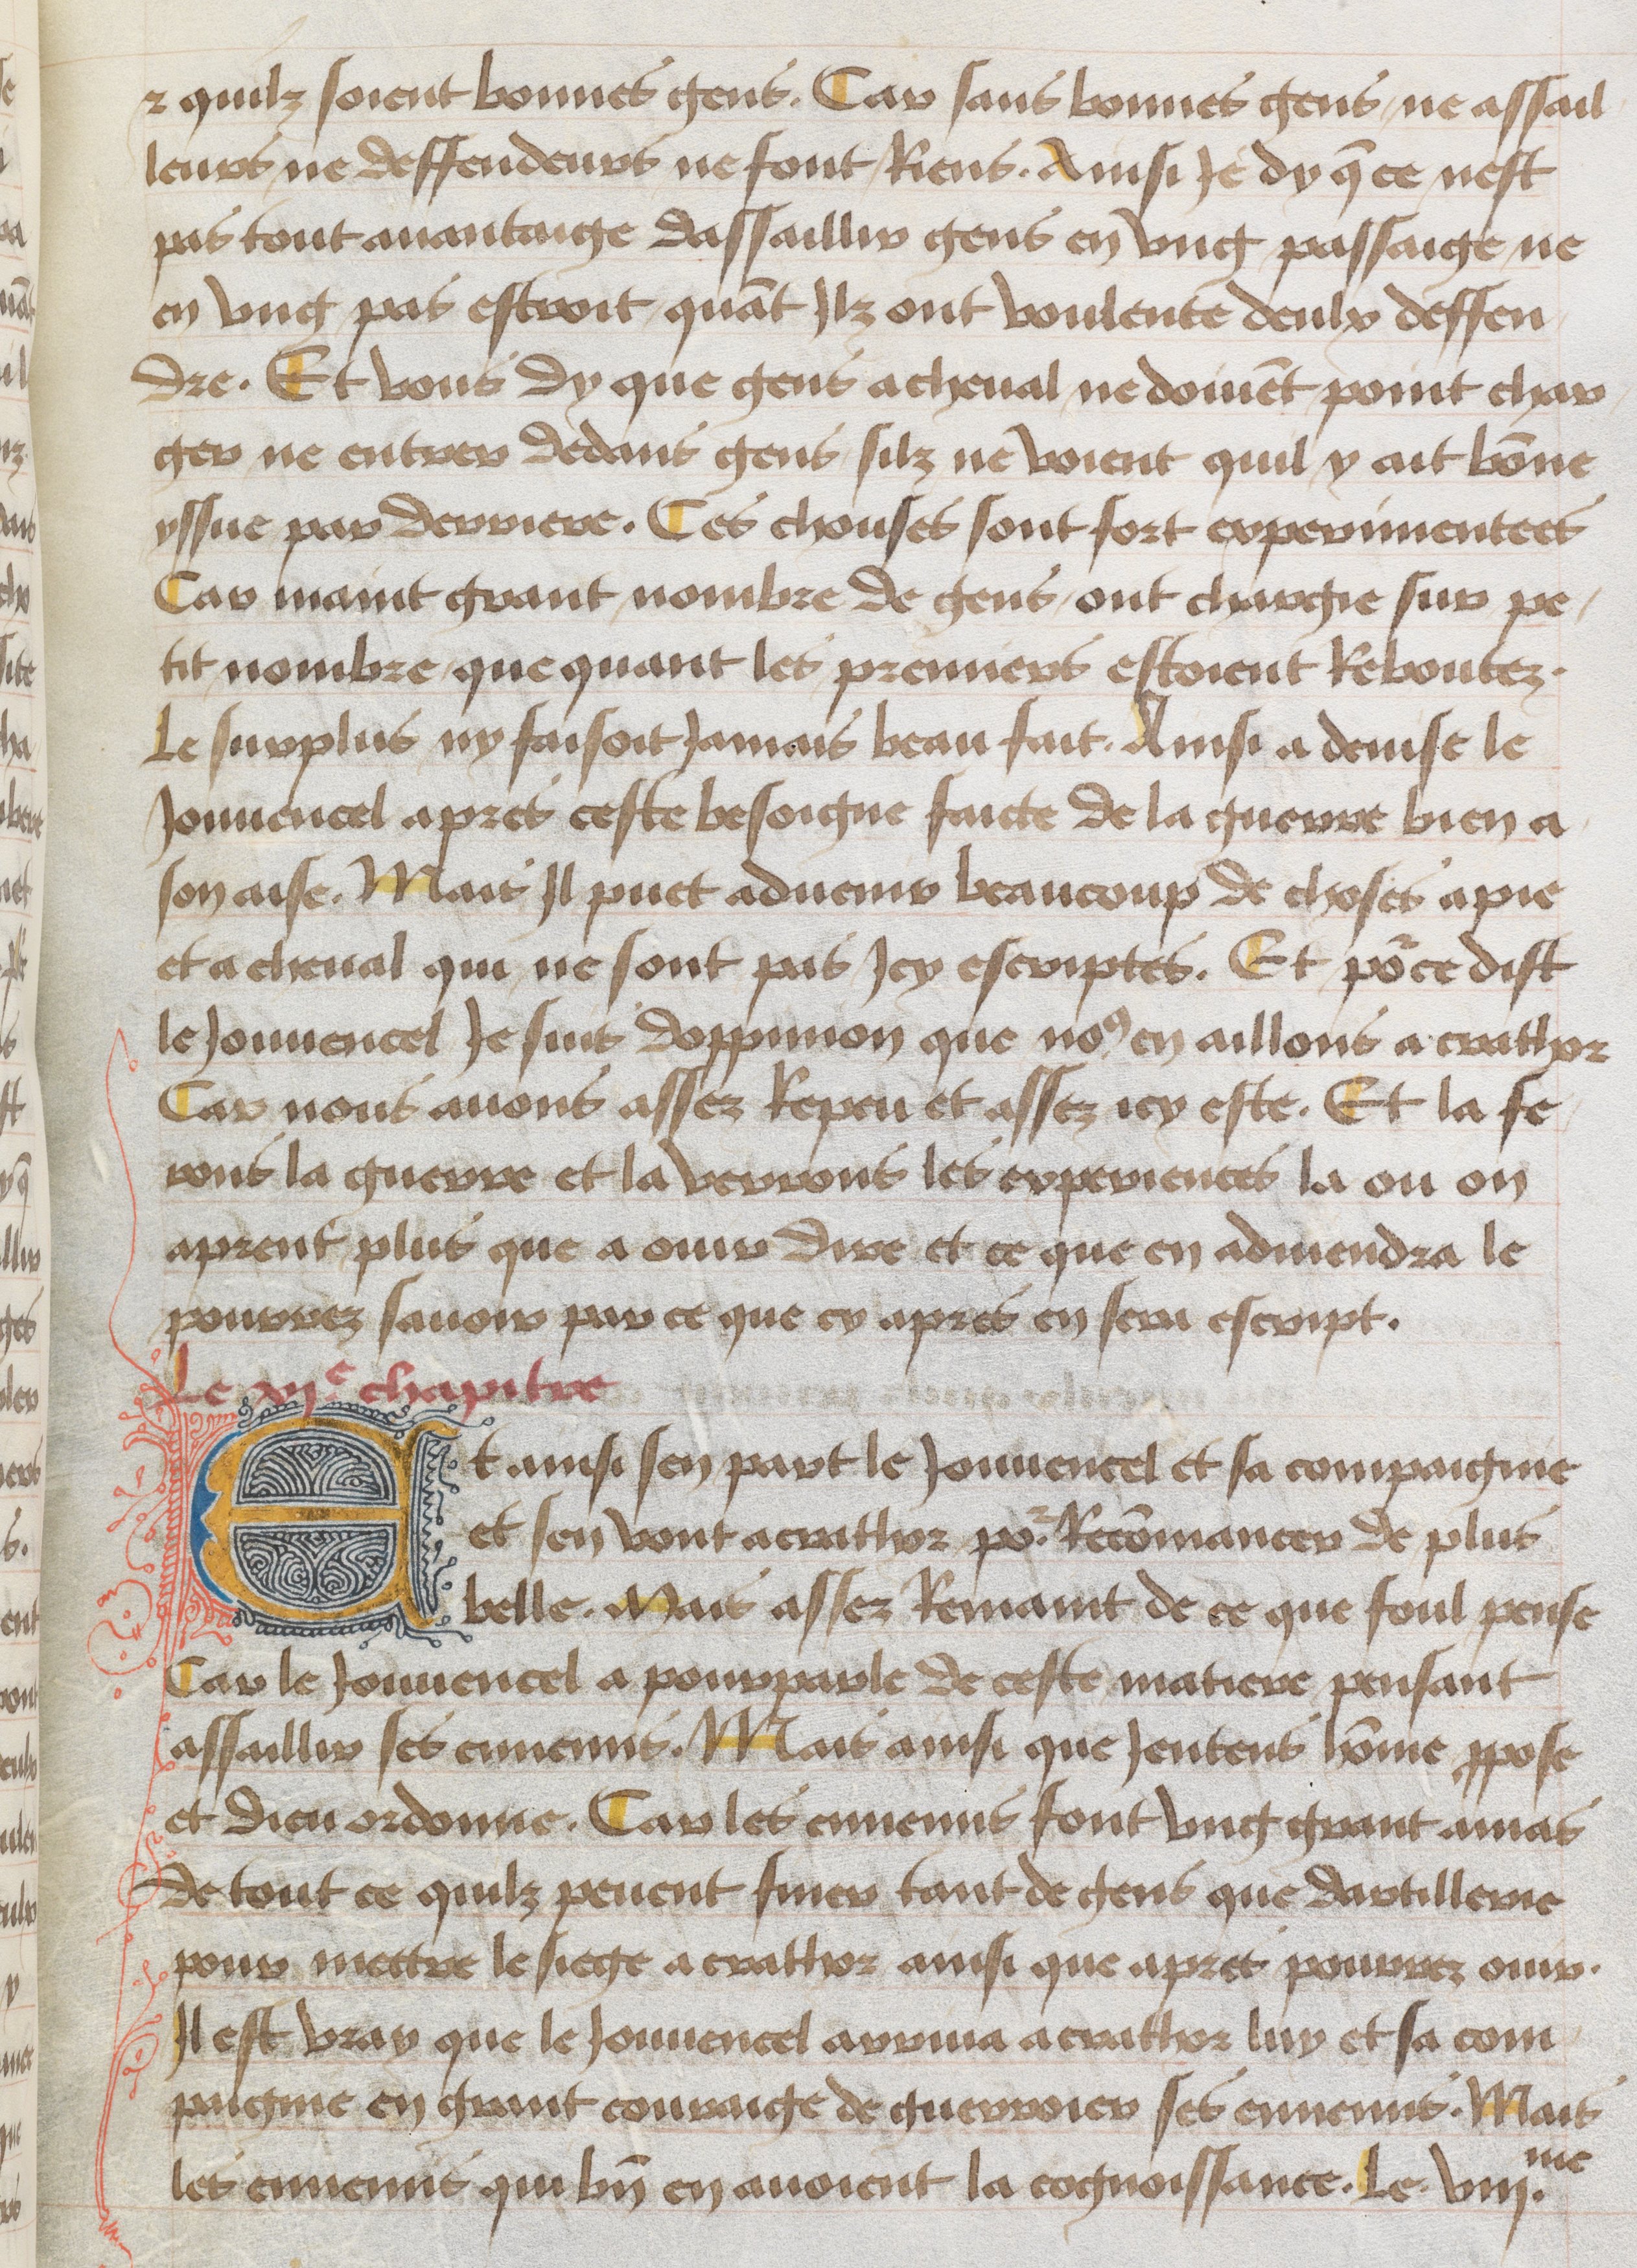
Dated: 1465–1480